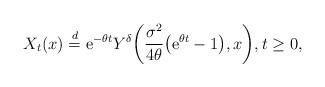
LaTeX: \begin{align*} X_t(x)\stackrel{d} {=}\mathrm{e}^{-\theta t}Y^\delta\biggl(\frac{\sigma^2}{4\theta}\bigl(\mathrm{e}^{\theta t}-1\bigr),x \biggr),t\ge0,\end{align*}